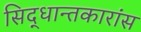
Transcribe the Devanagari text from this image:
सिद्धान्तकारांस